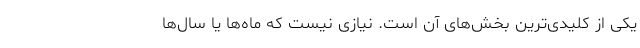
یکی از کلیدی‌ترین بخش‌های آن است. نیازی نیست که ماه‌ها یا سال‌ها